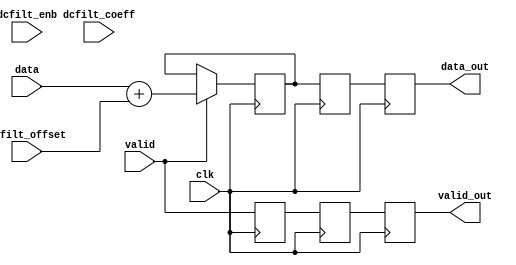
// ***************************************************************************
// ***************************************************************************
// Copyright 2014 - 2017 (c) Analog Devices, Inc. All rights reserved.
//
// In this HDL repository, there are many different and unique modules, consisting
// of various HDL (Verilog or VHDL) components. The individual modules are
// developed independently, and may be accompanied by separate and unique license
// terms.
//
// The user should read each of these license terms, and understand the
// freedoms and responsibilities that he or she has by using this source/core.
//
// This core is distributed in the hope that it will be useful, but WITHOUT ANY
// WARRANTY; without even the implied warranty of MERCHANTABILITY or FITNESS FOR
// A PARTICULAR PURPOSE.
//
// Redistribution and use of source or resulting binaries, with or without modification
// of this file, are permitted under one of the following two license terms:
//
//   1. The GNU General Public License version 2 as published by the
//      Free Software Foundation, which can be found in the top level directory
//      of this repository (LICENSE_GPL2), and also online at:
//      <https://www.gnu.org/licenses/old-licenses/gpl-2.0.html>
//
// OR
//
//   2. An ADI specific BSD license, which can be found in the top level directory
//      of this repository (LICENSE_ADIBSD), and also on-line at:
//      https://github.com/analogdevicesinc/hdl/blob/master/LICENSE_ADIBSD
//      This will allow to generate bit files and not release the source code,
//      as long as it attaches to an ADI device.
//
// ***************************************************************************
// ***************************************************************************
// dc filter- y(n) = c*x(n) + (1-c)*y(n-1)
// NOT IMPLEMENTED

`timescale 1ps/1ps

module ad_dcfilter #(

  // data path disable

  parameter   DISABLE = 0
) (

  // data interface

  input               clk,
  input               valid,
  input       [15:0]  data,
  output reg          valid_out,
  output reg  [15:0]  data_out,

  // control interface

  input           dcfilt_enb,
  input   [15:0]  dcfilt_coeff,
  input   [15:0]  dcfilt_offset
);

  // internal registers

  reg             valid_d = 'd0;
  reg     [15:0]  data_d = 'd0;
  reg             valid_2d = 'd0;
  reg     [15:0]  data_2d = 'd0;

  // internal signals

  wire    [47:0]  dc_offset_s;

  always @(posedge clk) begin
    valid_d <= valid;
    if (valid == 1'b1) begin
      data_d <= data + dcfilt_offset;
    end
    valid_2d <= valid_d;
    data_2d  <= data_d;
    valid_out <= valid_2d;
    data_out  <= data_2d;
  end

endmodule